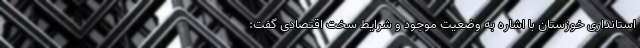
استانداری خوزستان با اشاره به وضعیت موجود و شرایط سخت اقتصادی گفت: